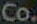
Co.